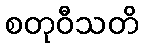
စတုဝီသတိ